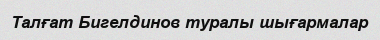
Талғат Бигелдинов туралы шығармалар